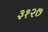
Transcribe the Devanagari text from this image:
३१२७